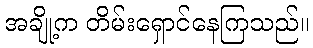
အချို့က တိမ်းရှောင်နေကြသည်။